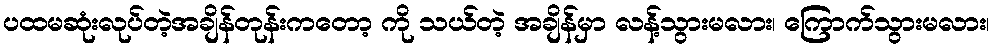
ပထမဆုံးလုပ်တဲ့အချိန်တုန်းကတော့ ကို သယ်တဲ့ အချိန်မှာ လန့်သွားမလား၊ ကြောက်သွားမလား၊